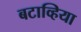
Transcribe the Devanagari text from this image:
बटाव्हिया